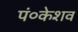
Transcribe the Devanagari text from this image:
पं०केशव